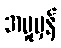
အမှုမှန်